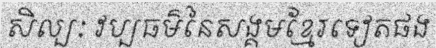
សិល្បៈ វប្បធម៌នៃសង្គមខ្មែរទៀតផង